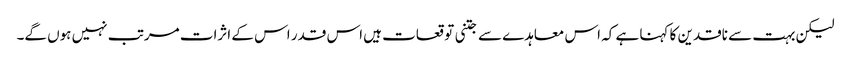
لیکن بہت سے ناقدین کا کہنا ہے کہ اس معاہدے سے جتنی توقعات ہیں اس قدر اس کے اثرات مرتب نہیں ہوں گے۔